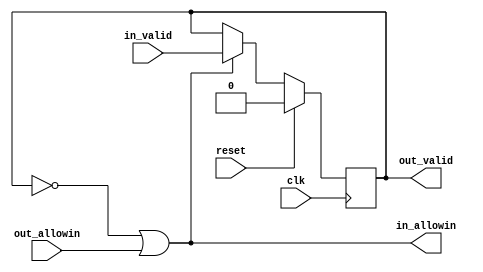
module WB_IF_reg( 
    input           clk,
    input           reset,

    output          in_allowin,
    input           in_valid,//valid,1

    input           out_allowin,//
    output          out_valid//valid
);
reg         valid;
wire        ready_go;//()

assign ready_go      = 1'b1;
assign in_allowin       = !valid || ready_go && out_allowin;//  
assign out_valid   = valid && ready_go;

always @(posedge clk) begin
    if(reset) begin
        valid <= 1'b0;
    end 
    else if (in_allowin) begin
        valid <= in_valid;
    end
end

endmodule